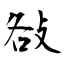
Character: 𢼛